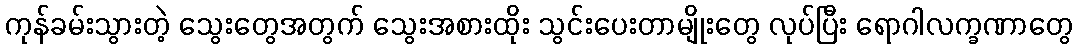
ကုန်ခမ်းသွားတဲ့ သွေးတွေအတွက် သွေးအစားထိုး သွင်းပေးတာမျိုးတွေ လုပ်ပြီး ရောဂါလက္ခဏာတွေ